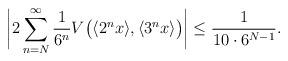
LaTeX: \begin{align*}\biggl|2\sum_{n=N}^\infty\frac{1}{6^n}V\bigl( \langle 2^n x\rangle, \langle 3^n x\rangle\bigr)\biggr|&\le \frac{1}{10 \cdot 6^{N-1} }.\end{align*}